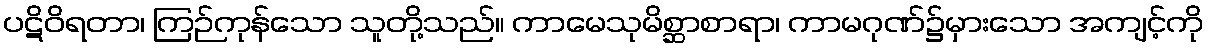
ပဋိဝိရတာ၊ ကြဉ်ကုန်သော သူတို့သည်။ ကာမေသုမိစ္ဆာစာရာ၊ ကာမဂုဏ်၌မှားသော အကျင့်ကို